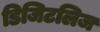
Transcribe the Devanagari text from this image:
डिजिटलिज